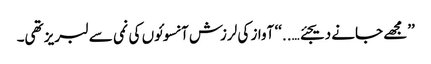
’’مجھے جانے دیجئے…..‘‘ آواز کی لرزش آنسوئوں کی نمی سے لبریز تھی۔